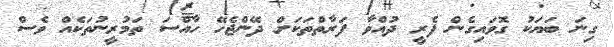
ގިނަ ބަޔަކު ގޮވައިގެން ފެރީ ދުއްވާ ފަރާތްތަކަށް ދޭންޖެހޭ ހާއްސަ ތަމުރީނުތަކެއް ވެސް